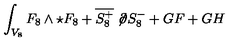
\int _ { V _ { 8 } } F _ { 8 } \wedge \star F _ { 8 } + \overline { { S _ { 8 } ^ { + } } } \not \! \partial S _ { 8 } ^ { - } + G F + G H